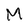
Character: M